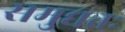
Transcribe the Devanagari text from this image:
समुद्यतः